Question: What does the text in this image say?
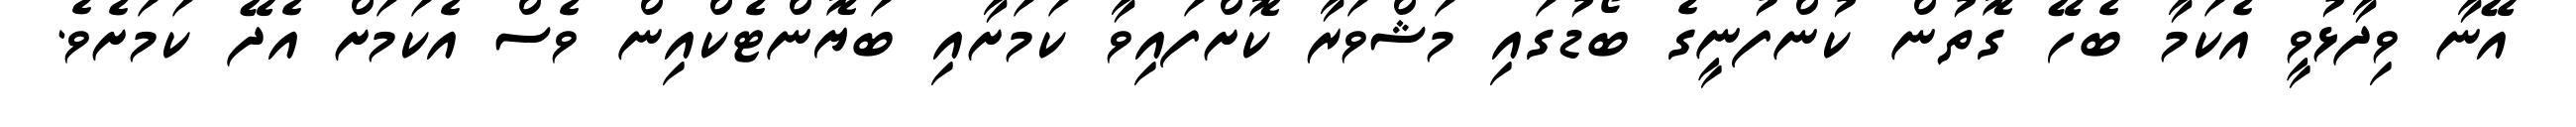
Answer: އޭނާ ވިދާޅުވީ އެކަމާ ބެހޭ ގޮތުން ކުންފުނީގެ ބޯޑުގައި މަޝްވަރާ ކޮށްފައިވާ ކަމަށާއި ބަޔޮންޓެކްއިން ވެސް އެކަމަށް އެދޭ ކަމަށެވެ.